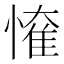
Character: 𢟠